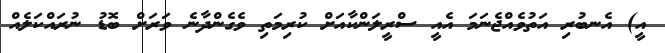
އީ) އެނބުރި އަތުވެއްޖެނަމަ އެއީ ސްރީލަންކާއަށް ކުރިމަތި ވެގެންދާނެ ވަރަށް ބޮޑު ނުރައްކަލެއް